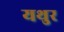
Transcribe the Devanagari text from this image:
यथुर